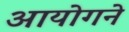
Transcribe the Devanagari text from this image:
आयोगने